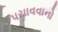
પચાવવાનો